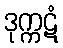
ဒုက္ကဋံ